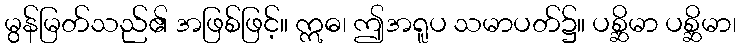
မွန်မြတ်သည်၏ အဖြစ်ဖြင့်။ ဣဓ၊ ဤအရူပ သမာပတ်၌။ ပစ္ဆိမာ ပစ္ဆိမာ၊